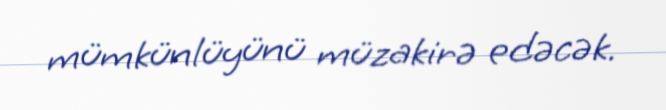
mümkünlüyünü müzakirə edəcək.